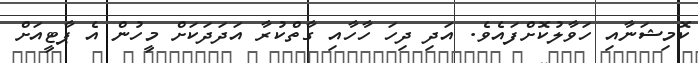
ކޮމިޝަނާއި ހަވާލުކޮށްފައެވެ. އަދި ދިހަ ހާހާއި ގާތްކުރާ އަދަދަކަށް މީހުން އެ ޕާޓީއަށް